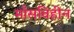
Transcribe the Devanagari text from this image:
माँसविहीन